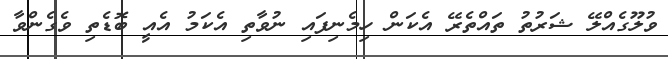
ވުލޫގެއްލޭ ޝަރުތު ތައްތެރޭ އެކަން ހިމެނިފައި ނުވާތި އެކަމު އެއީ ބޮޑެތި ވެގެންވާ